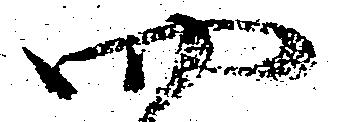
四